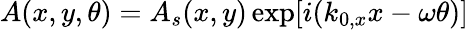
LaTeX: A(x,y,\theta)=A_{s}(x,y)\exp[i(k_{0,x}x-\omega\theta)]